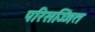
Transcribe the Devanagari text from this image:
परिसज्जित